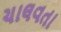
ચાલવતા